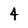
Character: 4